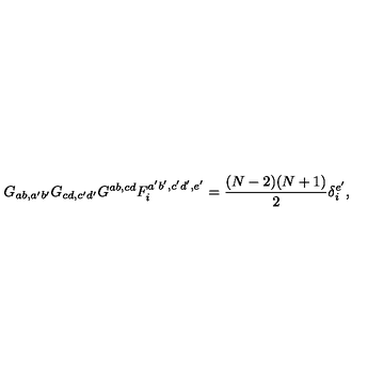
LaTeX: G _ { a b , a ^ { \prime } b ^ { \prime } } G _ { c d , c ^ { \prime } d ^ { \prime } } G ^ { a b , c d } F _ { i } ^ { a ^ { \prime } b ^ { \prime } , c ^ { \prime } d ^ { \prime } , e ^ { \prime } } = \frac { ( N - 2 ) ( N + 1 ) } { 2 } \delta _ { i } ^ { e ^ { \prime } } ,